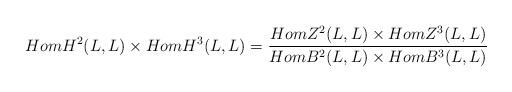
LaTeX: \begin{align*}HomH^2(L,L)\times HomH^3(L,L)=\frac{HomZ^2(L,L)\times HomZ^3(L,L)}{HomB^2(L,L)\times HomB^3(L,L)}\end{align*}